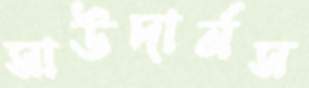
সাউদার্নস